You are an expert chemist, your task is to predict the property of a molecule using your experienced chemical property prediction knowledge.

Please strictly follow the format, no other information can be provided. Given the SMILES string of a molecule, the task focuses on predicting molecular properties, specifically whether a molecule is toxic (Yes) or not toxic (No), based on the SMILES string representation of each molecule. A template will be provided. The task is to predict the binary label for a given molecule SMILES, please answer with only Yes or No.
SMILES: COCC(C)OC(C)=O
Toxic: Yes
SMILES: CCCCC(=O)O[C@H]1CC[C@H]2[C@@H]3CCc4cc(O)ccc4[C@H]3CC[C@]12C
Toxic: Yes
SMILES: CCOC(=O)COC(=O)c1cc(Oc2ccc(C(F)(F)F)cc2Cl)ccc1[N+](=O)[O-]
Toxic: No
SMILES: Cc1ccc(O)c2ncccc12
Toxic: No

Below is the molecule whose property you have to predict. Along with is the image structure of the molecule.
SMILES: O=c1sc2ccccc2c(O)c1C1CC(c2ccc(-c3ccc(Br)cc3)cc2)Cc2ccccc21
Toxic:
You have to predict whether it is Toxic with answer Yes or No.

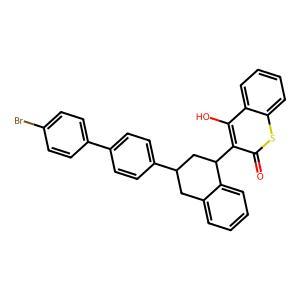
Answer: No